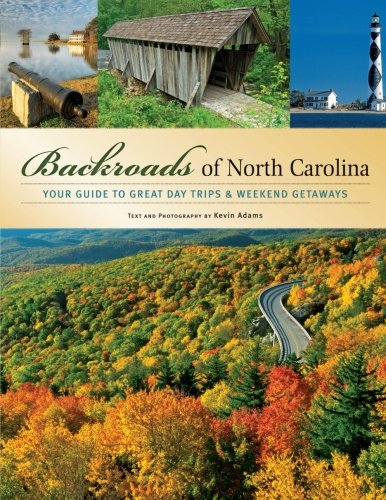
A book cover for Backroads of North Carolina: Your Guide to Great Day Trips & Weekend Getaways; Kevin Adams; Arts & Photography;